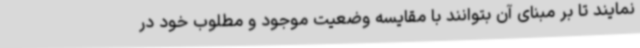
نمایند تا بر مبنای آن بتوانند با مقایسه وضعیت موجود و مطلوب خود در